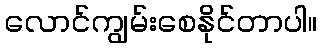
လောင်ကျွမ်းစေနိုင်တာပါ။